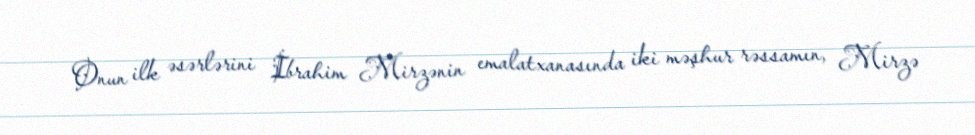
Onun ilk əsərlərini İbrahim Mirzənin emalatxanasında iki məşhur rəssamın, Mirzə